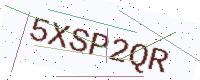
Text: 5XSP2QR